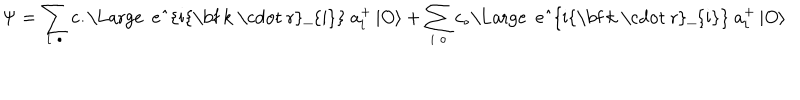
\Psi = \sum _ { i \; \bullet } c _ { \bullet } \mathrm { \Large ~ e ^ { i { \bf ~ k ~ \cdot ~ r } _ { i } } ~ } a _ { i } ^ { + } \left| O \right\rangle + \sum _ { i \; \circ } c _ { \circ } \mathrm { \Large ~ e ^ { i { \bf ~ k ~ \cdot ~ r } _ { i } } ~ } a _ { i } ^ { + } \left| O \right\rangle